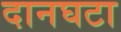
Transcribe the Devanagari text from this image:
दानघटा